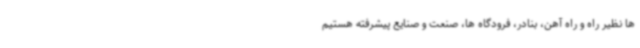
ها نظیر راه و راه آهن، بنادر، فرودگاه ها، صنعت و صنایع پیشرفته هستیم